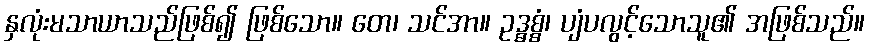
နှလုံးမသာယာသည်ဖြစ်၍ ဖြစ်သော။ တေ၊ သင်အာ။ ဥဒ္ဓစ္စံ၊ ပျံပလွင့်သောသူ၏ အဖြစ်သည်။